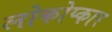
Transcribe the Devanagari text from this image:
लोकोप्कार